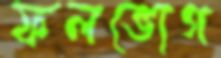
ফলভোগ